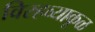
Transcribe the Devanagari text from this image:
विरहव्याकूळ